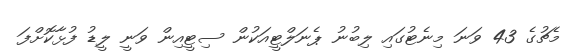
މެޗުގެ 43 ވަނަ މިނެޓުގައި ލިބުނު ޕެނަލްޓީއަކުން ސިޓީއިން ވަނީ ލީޑު ފުޅާކޮށްފަ